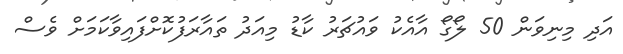
އަދި މިނިވަން 50 ލޯގޯ އާއެކު ވައުޗަރު ކާޑު މިއަދު ތައާރަފުކޮށްފައިވާކަމަށް ވެސް